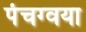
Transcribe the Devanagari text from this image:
पंचग्वया